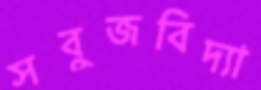
সবুজবিদ্যা